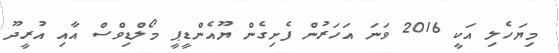
މިޔަހެލި އަކީ 2016 ވަނަ އަހަރުން ފެށިގެން ޔޫއެންޑީޕީ މޯލްޑިވްސް އާއި އުރީދޫ